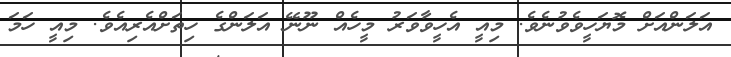
އަލަންއަށް މޮޔަހީވެވުނެވެ. މިއީ އެހީވާވަރު މީހެއް ނޫނޭ އަލަންގެ ހިތަށްއެރިއެވެ. މިއީ ހަމަ